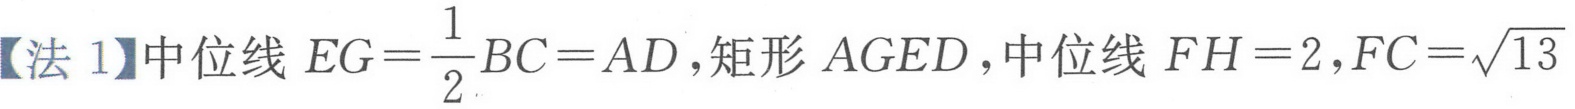
【法 1】中位线 \(EG = \frac{1}{2}BC = AD\)，矩形 \(AGED\)，中位线 \(FH = 2\)，\(FC = \sqrt{13}\)